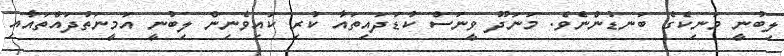
ލިބުނީ މަނިކެގެ ބަނޑުންނެވެ. މަނަދޫ ވީނަސް ކުޑަދައިތައާ ކުރި ކައިވެނިން ލިބުނީ އަމީނަތުދައްތައާއި